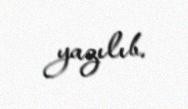
yazılıb.